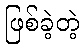
ဖြစ်ခဲ့တဲ့